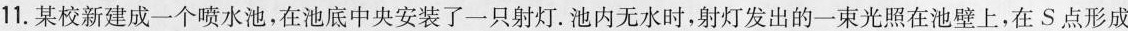
11.某校新建成一个喷水池，在池底中央安装了一只射灯。池内无水时，射灯发出的一束光照在池壁上，在S点形成